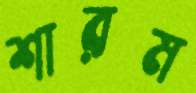
শারম